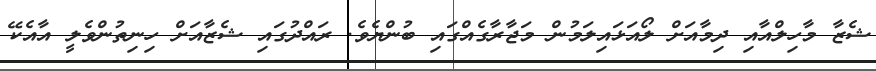
ޝެޒާ މާހިލްއާއި ދިމާއަށް ލޯއަޅައިލަމުން މަޖާރާގެއްގައި ބުންޔެވެ. ރައްދުގައި ޝެޒާއަށް ހިނިތުންވެލީ އާއެކޭ